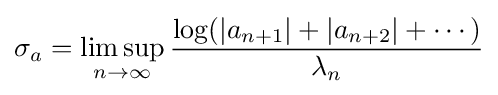
\sigma _{a}=\limsup _{n\to \infty }{\frac {\log(|a_{n+1}|+|a_{n+2}|+\cdots )}{\lambda _{n}}}